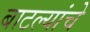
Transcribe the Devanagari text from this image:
बाटल्यांचे